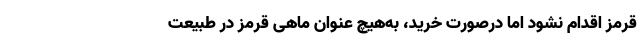
قرمز اقدام نشود اما درصورت خرید، به‌هیچ عنوان ماهی قرمز در طبیعت